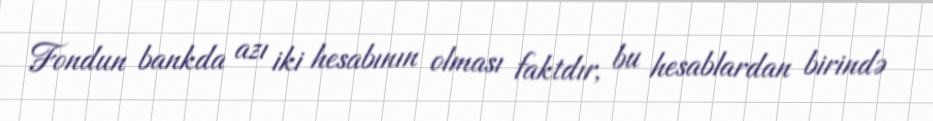
Fondun bankda azı iki hesabının olması faktdır, bu hesablardan birində